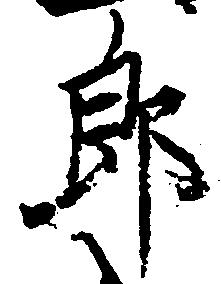
郎